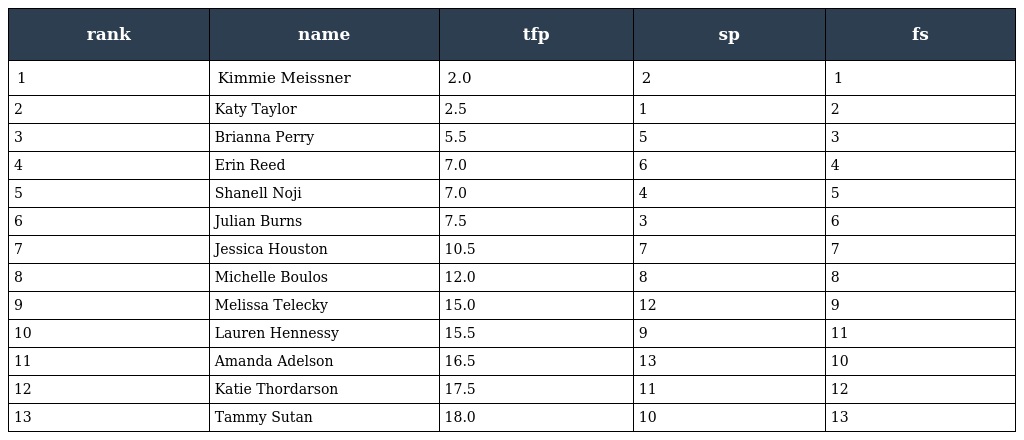
| rank | name | tfp | sp | fs |
 | --- | --- | --- | --- | --- |
 | 1 | Kimmie Meissner | 2.0 | 2 | 1 |
 | 2 | Katy Taylor | 2.5 | 1 | 2 |
 | 3 | Brianna Perry | 5.5 | 5 | 3 |
 | 4 | Erin Reed | 7.0 | 6 | 4 |
 | 5 | Shanell Noji | 7.0 | 4 | 5 |
 | 6 | Julian Burns | 7.5 | 3 | 6 |
 | 7 | Jessica Houston | 10.5 | 7 | 7 |
 | 8 | Michelle Boulos | 12.0 | 8 | 8 |
 | 9 | Melissa Telecky | 15.0 | 12 | 9 |
 | 10 | Lauren Hennessy | 15.5 | 9 | 11 |
 | 11 | Amanda Adelson | 16.5 | 13 | 10 |
 | 12 | Katie Thordarson | 17.5 | 11 | 12 |
 | 13 | Tammy Sutan | 18.0 | 10 | 13 |